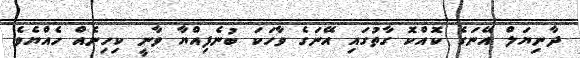
ދާނިޔަލް އޭނަގެ ކޮއްކޮ ގާތުގައި އޭނަގެ ވާހަކަ ބުނެފިއްޔާ ވާނީ ކިހިނެއް ހެއްޔެވެ